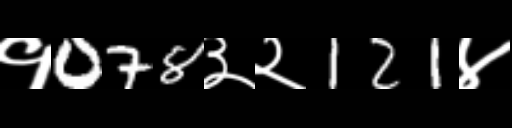
Text: १078३२121४